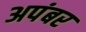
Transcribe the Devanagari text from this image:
अपंबर